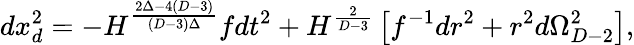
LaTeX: dx_{d}^{2}=-H^{\frac{2\Delta-4(D-3)}{(D-3)\Delta}}fdt^{2}+H^{\frac{2}{D-3}}\left[f^{-1}dr^{2}+r^{2}d\Omega_{D-2}^{2}\right],